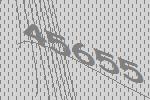
45655